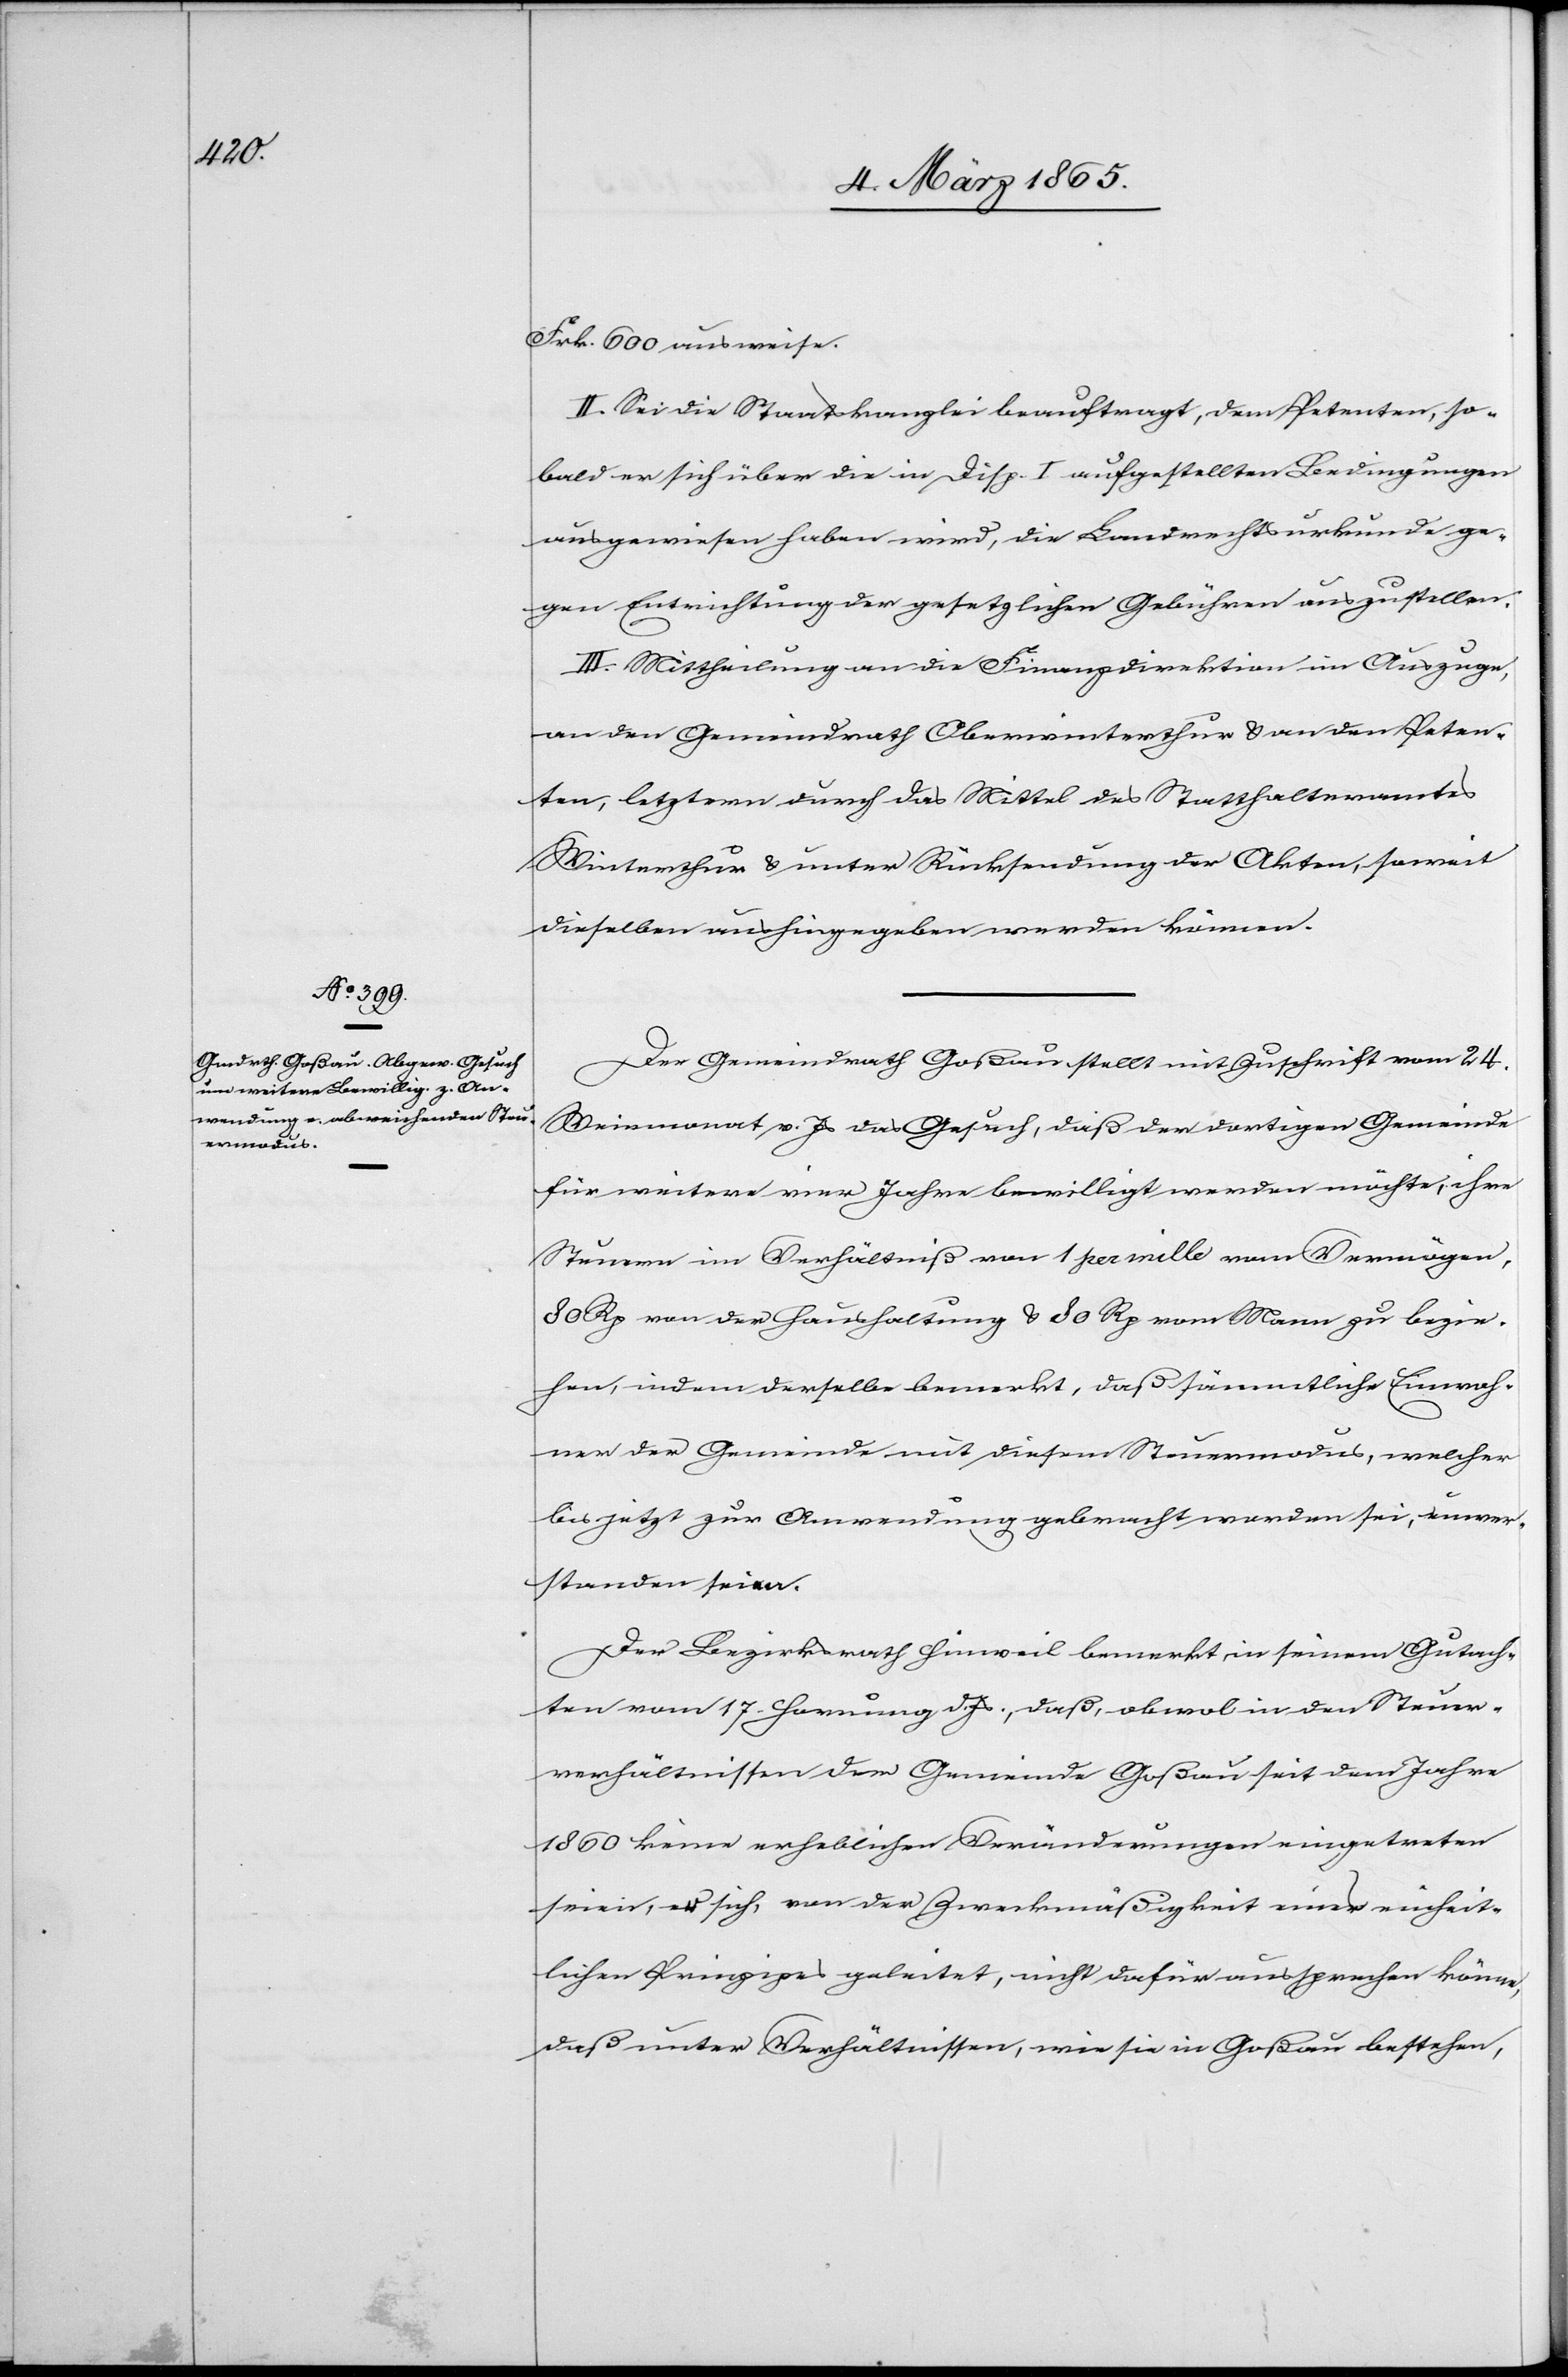
Frk. 600 ausweise.
II. Sei die Staatskanzlei beauftragt, dem Petenten, so¬
bald er sich über die in Disp. I. aufgestellten Bedingungen
ausgewiesen haben wird, die Landrechtsurkunde ge¬
gen Entrichtung der gesetzlichen Gebühren auszustellen.
III. Mittheilung an die Finanzdirektion im Auszuge,
an den Gemeindrath Oberwinterthur u. an den Peten¬
ten, letztern durch das Mittel des Statthalteramtes
Winterthur u. unter Rücksendung der Akten, soweit
dieselben aushingegeben werden können.
Der Gemeindrath Goßau stellt mit Zuschrift vom 24.
Weinmonat v. Js das Gesuch, daß der dortigen Gemeinde
für weitere vier Jahre bewilligt werden möchte, ihre
Steuern im Verhältniß von 1 per mille vom Vermögen,
80 Rp von der Haushaltung u. 80 Rp vom Mann zu bezie¬
hen, indem derselbe bemerkt, daß sämmtliche Einwoh¬
ner der Gemeinde mit diesem Steuermodus, welcher
bis jetzt zur Anwendung gebracht worden sei, einver¬
standen seien.
Der Bezirksrath Hinweil bemerkt in seinem Gutach¬
ten vom 17. Hornung d. Js, daß, obwol in den Steuer¬
verhältnissen der Gemeinde Goßau seit dem Jahre
1860 keine erheblichen Veränderungen eingetreten
seien, er sich, von der Zweckmäßigkeit eines einheit¬
lichen Prinzipes geleitet, nicht dafür aussprechen könne,
daß unter Verhältnissen, wie sie in Goßau bestehen,